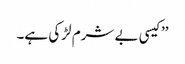
’’کیسی بے شرم لڑکی ہے۔